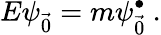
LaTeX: E\psi_{\vec{0}}=m\psi_{\vec{0}}^{\bullet}~.